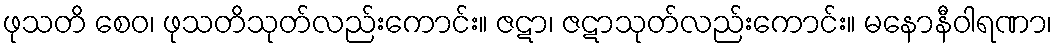
ဖုသတိ စေဝ၊ ဖုသတိသုတ်လည်းကောင်း။ ဇဋာ၊ ဇဋာသုတ်လည်းကောင်း။ မနောနီဝါရဏာ၊